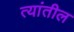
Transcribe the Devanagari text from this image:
त्‍यांतील